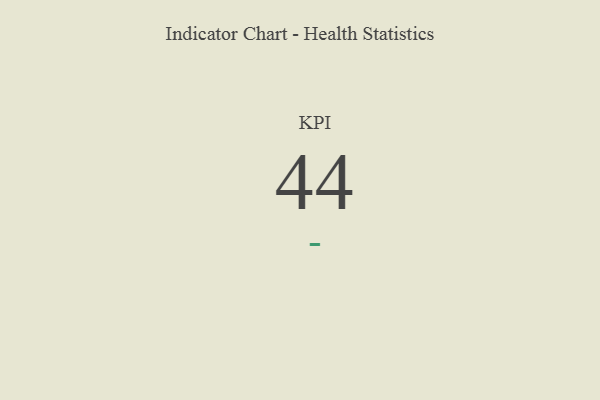
{"axis": {"x": "KPI", "y": "Value"}, "legend": [""], "data": [{"x": "KPI", "y": 44, "type": ""}]}